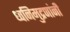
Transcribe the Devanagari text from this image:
ध्वनिमुद्रणांनी